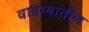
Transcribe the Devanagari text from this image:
वाडग्यातील